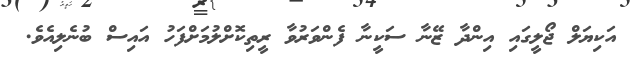
އަކިޔަލް ޖޯލީގައި އިންދާ ޒޭނާ ސަކީނާ ފެންވަރުވާ ރީތިކޮށްލުމަށްފަހު އައިސް ބުނެލިއެވެ.